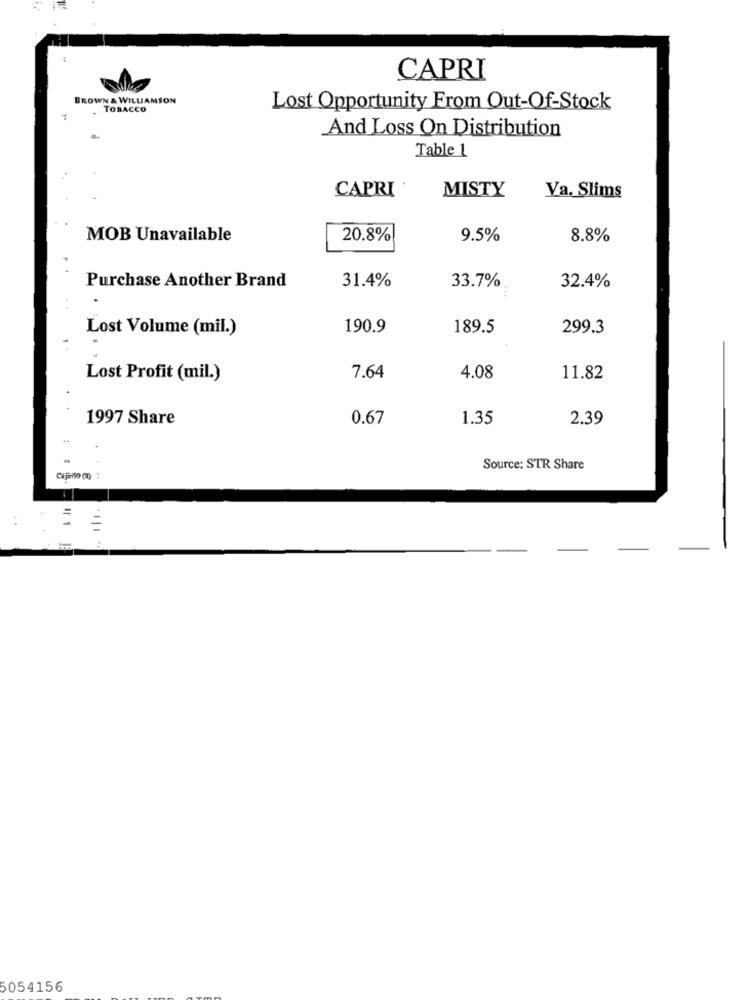
CAPRI
BROWN & WILLIAMSON
. TOBACCO
Lost Opportunity From Out-Of-Stock
And Loss On Distribution
Table 1
CAPRI
MISTY
Va. Slims
MOB Unavailable
20.8%
9.5%
8.8%
Purchase Another Brand
31.4%
33.7%
32.4%
Lost Volume (mil.)
190.9
189.5
299.3
Lost Profit (mil.)
7.64
4.08
11.82
1997 Share
0.67
1.35
2.39
Source: STR Share
5054156